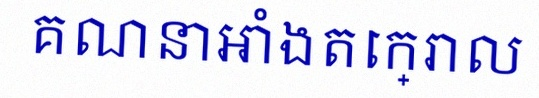
គណនាអាំងតេក្រាល